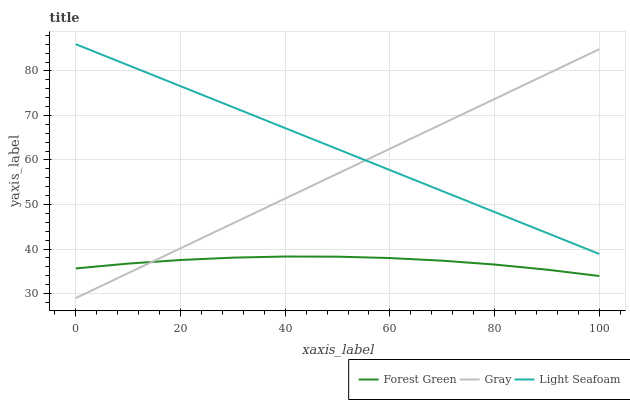
| xaxis_label | Forest Green | Gray | Light Seafoam |
 | --- | --- | --- | --- |
 | 0 | 35.7 | 29 | 86 |
 | 10 | 36.7 | 34.6 | 81.3 |
 | 20 | 37.5 | 40.2 | 76.6 |
 | 30 | 38.1 | 45.8 | 71.9 |
 | 40 | 38.3 | 51.4 | 67.2 |
 | 50 | 38.3 | 56.9 | 62.4 |
 | 60 | 38 | 62.5 | 57.7 |
 | 70 | 37.4 | 68.1 | 53 |
 | 80 | 36.5 | 73.7 | 48.3 |
 | 90 | 35.4 | 79.3 | 43.6 |
 | 100 | 34 | 84.9 | 38.9 |